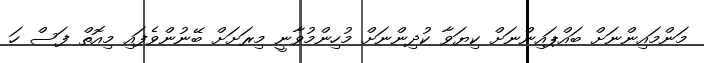
މަންމައިންނަށް ބައްޕައިންނަށް ކިޔަވާ ކުދިންނަށް މުހިންމުވާނީ މިރަށަށް ބޭނުންވެފައި މިއޮތް ފަސް ހަ